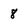
Character: 8